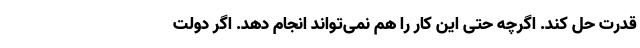
قدرت حل کند. اگرچه حتی این کار را هم نمی‌تواند انجام دهد. اگر دولت